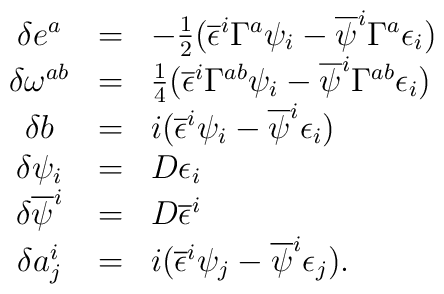
\begin{array}{ccl}\delta e^a &=&-\frac{1}{2}(\overline{\epsilon}^i \Gamma^a \psi_i- \overline{\psi}^i \Gamma^a \epsilon_i) \\ \delta \omega ^{ab} &=& \frac{1}{4}(\overline{\epsilon}^i \Gamma^{ab} \psi_i- \overline{\psi}^i \Gamma^{ab} \epsilon_i) \\ \delta b &=& i(\overline{\epsilon}^i\psi_i- \overline{\psi}^i\epsilon_i) \\ \delta \psi_i &=& D\epsilon_i \\ \delta \overline{\psi}^i &=& D\overline{\epsilon}^i \\ \delta a_j^i &=&i(\overline{\epsilon}^i \psi_j- \overline{\psi}^i \epsilon_j).\end{array}